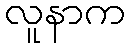
လူနာက